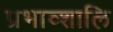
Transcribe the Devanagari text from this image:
प्रभाव्शालि